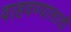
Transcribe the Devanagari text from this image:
वाहवण्यासाठी